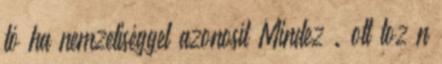
tó ha nemzetiséggel azonosít Mindez . ott toz n